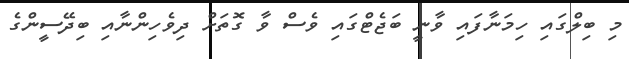
މި ބިލްގައި ހިމަނާފައި ވާނީ ބަޖެޓްގައި ވެސް ވާ ގޮތަށް ދިވެހިންނާއި ބިދޭސީންގެ